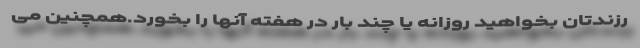
رزندتان بخواهید روزانه یا چند بار در هفته آنها را بخورد.همچنین می